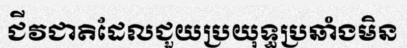
ជីវជាតិដែលជួយប្រយុទ្ធប្រឆាំងមិន